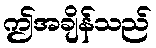
ဤအချိန်သည်